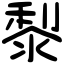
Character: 㴝